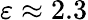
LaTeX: \varepsilon\approx 2.3